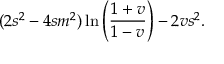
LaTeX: ( 2 s ^ { 2 } - 4 s m ^ { 2 } ) \ln \left( \frac { 1 + v } { 1 - v } \right) - 2 v s ^ { 2 } .